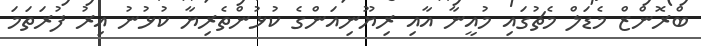
ބްރޮންޒް މެޑަލް މެޗުގައި މުއީނާ އާއި ރިޔޫނިއަންގެ ކުޅުންތެރިޔާ ކުޅުނު އިރު ފުރަތަމަ